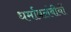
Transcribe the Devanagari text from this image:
धर्मावलंबीयों